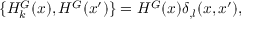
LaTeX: { } \{ H _ { k } ^ { G } ( x ) , H ^ { G } ( x ^ { \prime } ) \} = H ^ { G } ( x ) { \delta } _ { , l } ( x , x ^ { \prime } ) ,